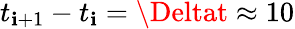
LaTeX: t_{\mathbf{i}+1}-t_{\mathbf{i}}=\Deltat\approx10